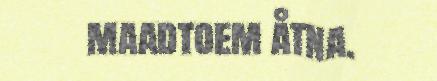
maadtoem åtna.